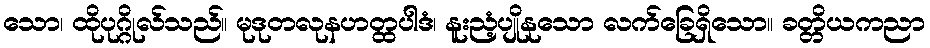
သော၊ ထိုပုဂ္ဂိုလ်သည်။ မုဒုတလုနဟတ္ထပါဒံ၊ နူးညံ့ပျိုနုသော လက်ခြေရှိသော။ ခတ္တိယကညာ